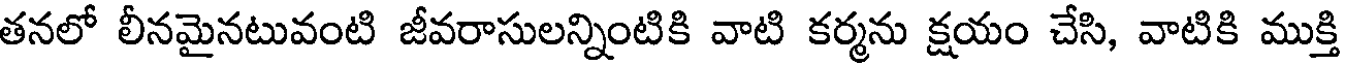
తనలో లీనమైనటువంటి జీవరాసులన్నింటికి వాటి కర్మను క్షయం చేసి, వాటికి ముక్తి